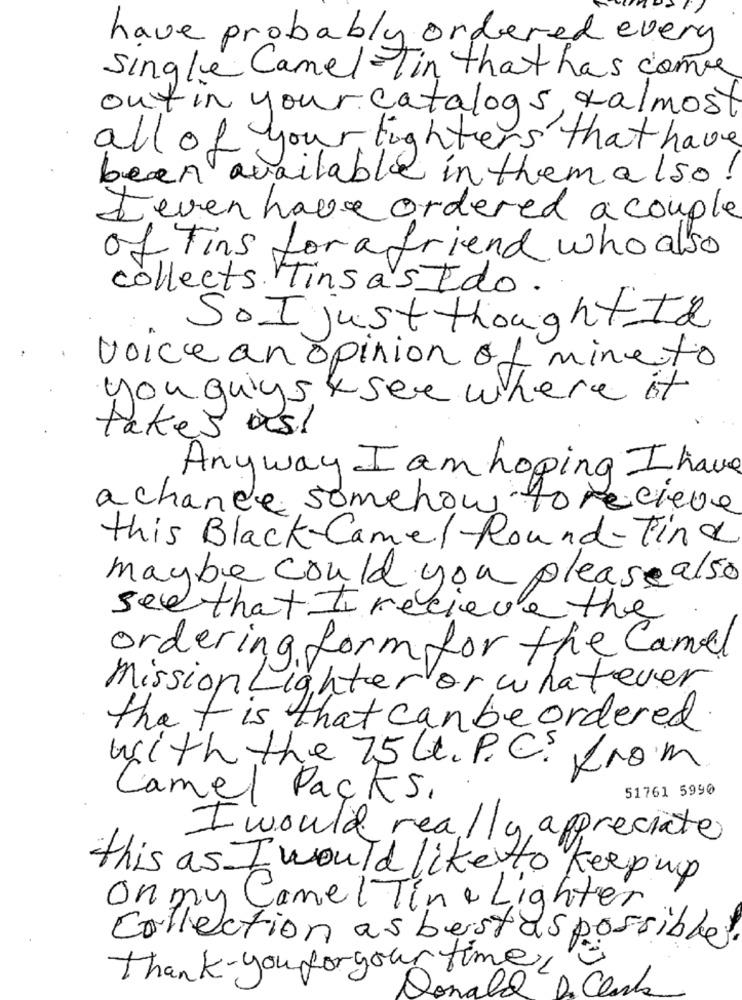
have probably ordered every
single Camel Tin that has come
out in your catalogs, talmost
all of your fighters that have
been available in them also!
Leven have ordered a couple
of Fins for a friend who also
collects. Tins as Ido.
So I just thought.I&
voice an opinion of mine to
you qu'gs see where it
takes us!
Anyway I am hoping I have
achance somehow to recieve
this Black-Camel Round-Tine
maybe could you please also
see that I recieve the
ordering form for the Camel
Mission Lighter or whatever
that is that can be ordered.
with the 75 L.P.C. from
51761 5990
Camel Packs,
I would really appreciate
this as I would like to keep up
On my Camel Tine Lighter
Collection as bestas possible
Thank you for your time
Donald
D. Clark